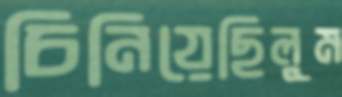
চিনিয়েছিলুম